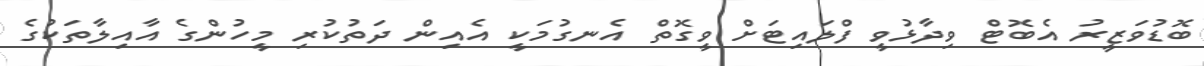
ބޮޑުވަޒީރު އެބޮޓް ވިދާޅުވީ ފްލައިޓަށް ވީގޮތް އެނގުމަކީ އެއިން ދަތުކުރި މީހުންގެ އާއިލާތަކުގެ